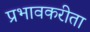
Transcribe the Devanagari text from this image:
प्रभावकरीता